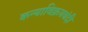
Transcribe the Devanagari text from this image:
कन्याविक्रयबंदी